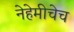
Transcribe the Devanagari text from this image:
नेहेमीचेच